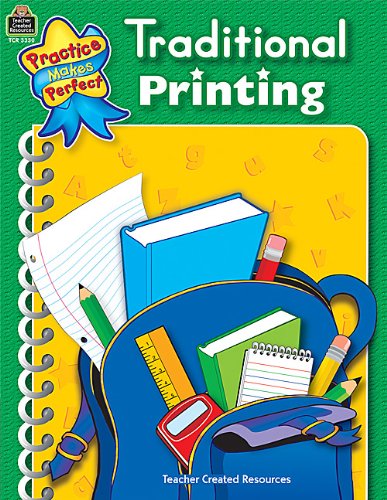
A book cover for Traditional Printing (Penmanship); Janet Cain; Reference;